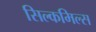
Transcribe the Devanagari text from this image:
सिल्कमिल्स